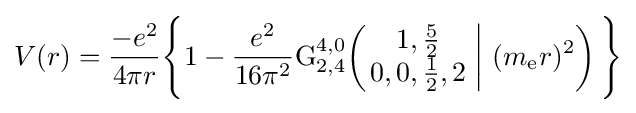
V(r)={\frac {-e^{2}}{4\pi r}}{\Biggl \{}1-{\frac {e^{2}}{16\pi ^{2}}}{\text{G}}_{2,4}^{4,0}\!\left(\left.{\begin{matrix}1,{\frac {5}{2}}\\0,0,{\frac {1}{2}},2\end{matrix}}\;\right|\,(m_{\text{e}}r)^{2}\right){\Biggl \}}